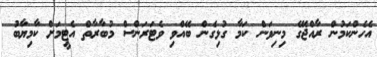
އެހެންކަމުން ރާއްޖޭގެ މިނިވަން ކަމާ ގުޅިގެން ބޭއްވި ވެޓަރަންސް މުބާރާތް އެޓީމަށް ކާމިޔާބު